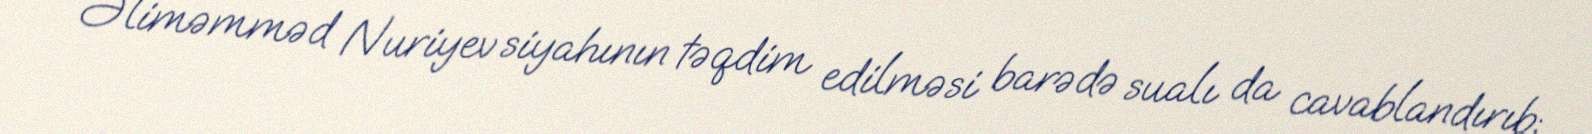
Əliməmməd Nuriyev siyahının təqdim edilməsi barədə sualı da cavablandırıb: